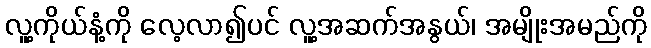
လူ့ကိုယ်နံ့ကို လေ့လာ၍ပင် လူ့အဆက်အနွယ်၊ အမျိုးအမည်ကို